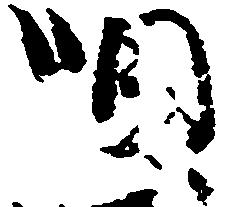
唄